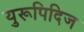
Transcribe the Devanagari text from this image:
युरूपिदिज